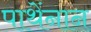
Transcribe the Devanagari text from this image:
पाथेंनान